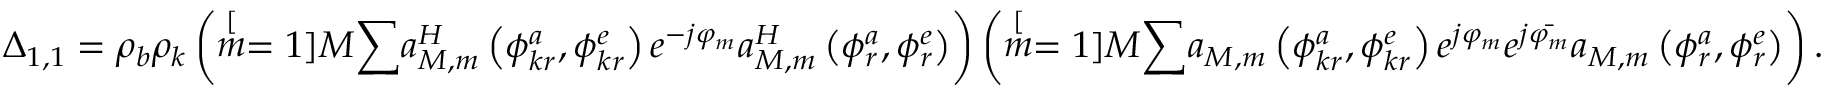
\Delta _ { 1 , 1 } = \rho _ { b } \rho _ { k } \left( \stackrel [ m = 1 ] { M } { \sum } a _ { M , m } ^ { H } \left( \phi _ { k r } ^ { a } , \phi _ { k r } ^ { e } \right) e ^ { - j \varphi _ { m } } a _ { M , m } ^ { H } \left( \phi _ { r } ^ { a } , \phi _ { r } ^ { e } \right) \right) \left( \stackrel [ m = 1 ] { M } { \sum } a _ { M , m } \left( \phi _ { k r } ^ { a } , \phi _ { k r } ^ { e } \right) e ^ { j \varphi _ { m } } e ^ { j \bar { \varphi _ { m } } } a _ { M , m } \left( \phi _ { r } ^ { a } , \phi _ { r } ^ { e } \right) \right) .